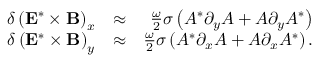
\begin{array} { r l r } { \delta \left( { \bf E } ^ { * } \times { \bf B } \right) _ { x } } & { \approx } & { \frac { \omega } { 2 } \sigma \left( A ^ { * } \partial _ { y } A + A \partial _ { y } A ^ { * } \right) } \\ { \delta \left( { \bf E } ^ { * } \times { \bf B } \right) _ { y } } & { \approx } & { \frac { \omega } { 2 } \sigma \left( A ^ { * } \partial _ { x } A + A \partial _ { x } A ^ { * } \right) . } \end{array}